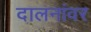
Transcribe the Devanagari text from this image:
दालनांवर